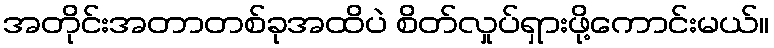
အတိုင်းအတာတစ်ခုအထိပဲ စိတ်လှုပ်ရှားဖို့ကောင်းမယ်။